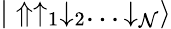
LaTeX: {|\Uparrow\uparrow_{1}\downarrow_{2}...\downarrow_{\mathcal{N}}\rangle}